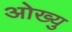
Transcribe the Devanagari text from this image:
ओख्यु